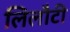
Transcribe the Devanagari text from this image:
लिलौटी